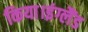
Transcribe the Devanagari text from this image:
किया।इंग्लैंड